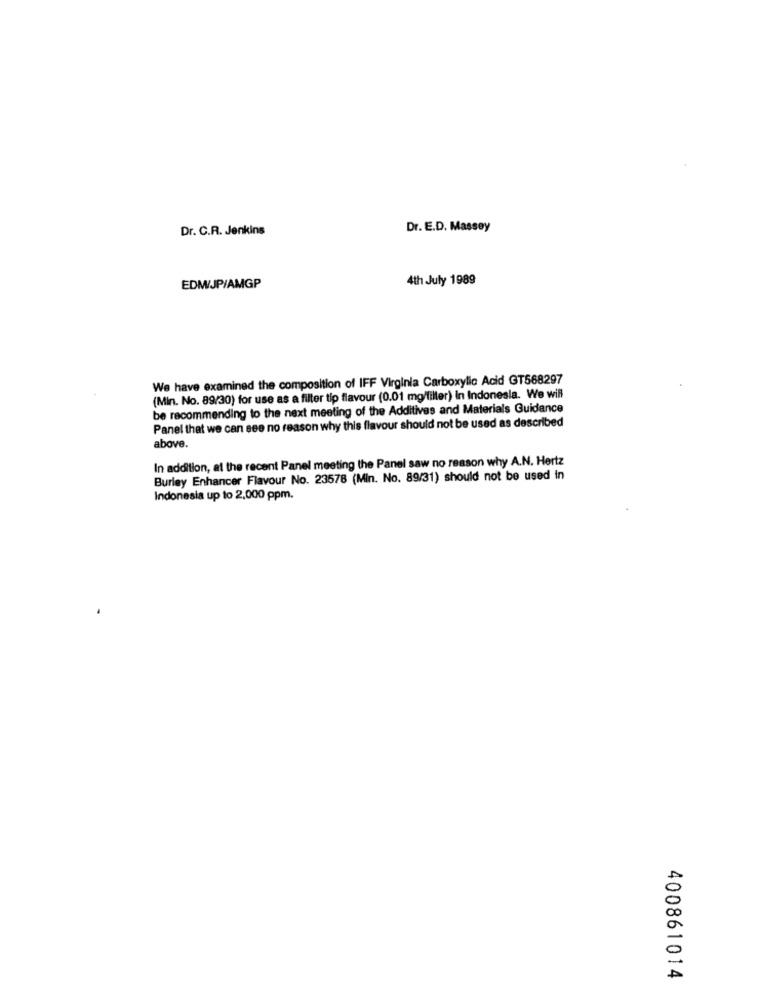
Dr. C.R. Jenkins
Dr. E.D. Massey
4th July 1989
EDM/JP/AMGP
We have examined the composition of IFF Virginia Carboxylic Acid GT568297
(Min. No. 89/30) for use as a filter tip flavour (0.01 mg/filter) in Indonesia. We will
be recommending to the next meeting of the Additives and Materials Guidance
Panel that we can see no reason why this flavour should not be used as described
above.
In addition, at the recent Panel meeting the Panel saw no reason why A.N. Hertz
Burley Enhancer Flavour No. 23578 (Min. No. 89/31) should not be used in
Indonesia up to 2,000 ppm.
400861014